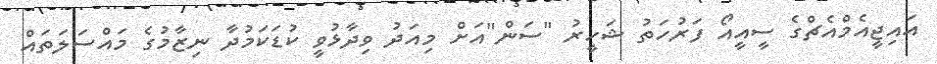
އައިޖީއެމްއެޗްގެ ސީއީއޯ ފަރުހަތު ޝަހީރު "ސަން"އަށް މިއަދު ވިދާޅުވީ ކުޑަކަމުދާ ނިޒާމުގެ މައްސަލަތައް